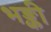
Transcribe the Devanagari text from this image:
भङ्की